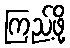
ကြည့်ဖို့